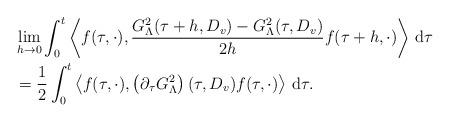
LaTeX: \begin{align*}&\lim_{h\to 0} \int_0^t \left\langle f(\tau, \cdot), \frac{G_{\Lambda}^2(\tau+h, D_v) - G_{\Lambda}^2(\tau, D_v)}{2h} f(\tau+h,\cdot) \right\rangle \,\mathrm{d}\tau \\&= \frac{1}{2} \int_0^t \left\langle f(\tau, \cdot), \left(\partial_{\tau}G_{\Lambda}^2\right)(\tau, D_v) f(\tau,\cdot)\right\rangle \,\mathrm{d}\tau.\end{align*}